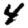
Digit: 4